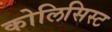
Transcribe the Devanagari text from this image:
कोलिसिस्ट